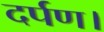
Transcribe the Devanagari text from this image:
दर्पण।